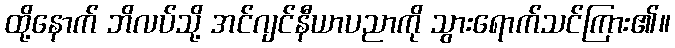
ထို့နောက် ဘိလပ်သို့ အင်ဂျင်နီယာပညာကို သွားရောက်သင်ကြား၏။